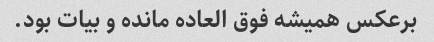
برعکس همیشه فوق العاده مانده و بیات بود.